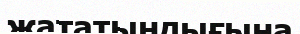
жататындығына